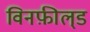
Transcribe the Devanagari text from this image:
विनफ़ील्‌ड